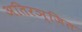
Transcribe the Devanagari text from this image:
अतिरञ्जित